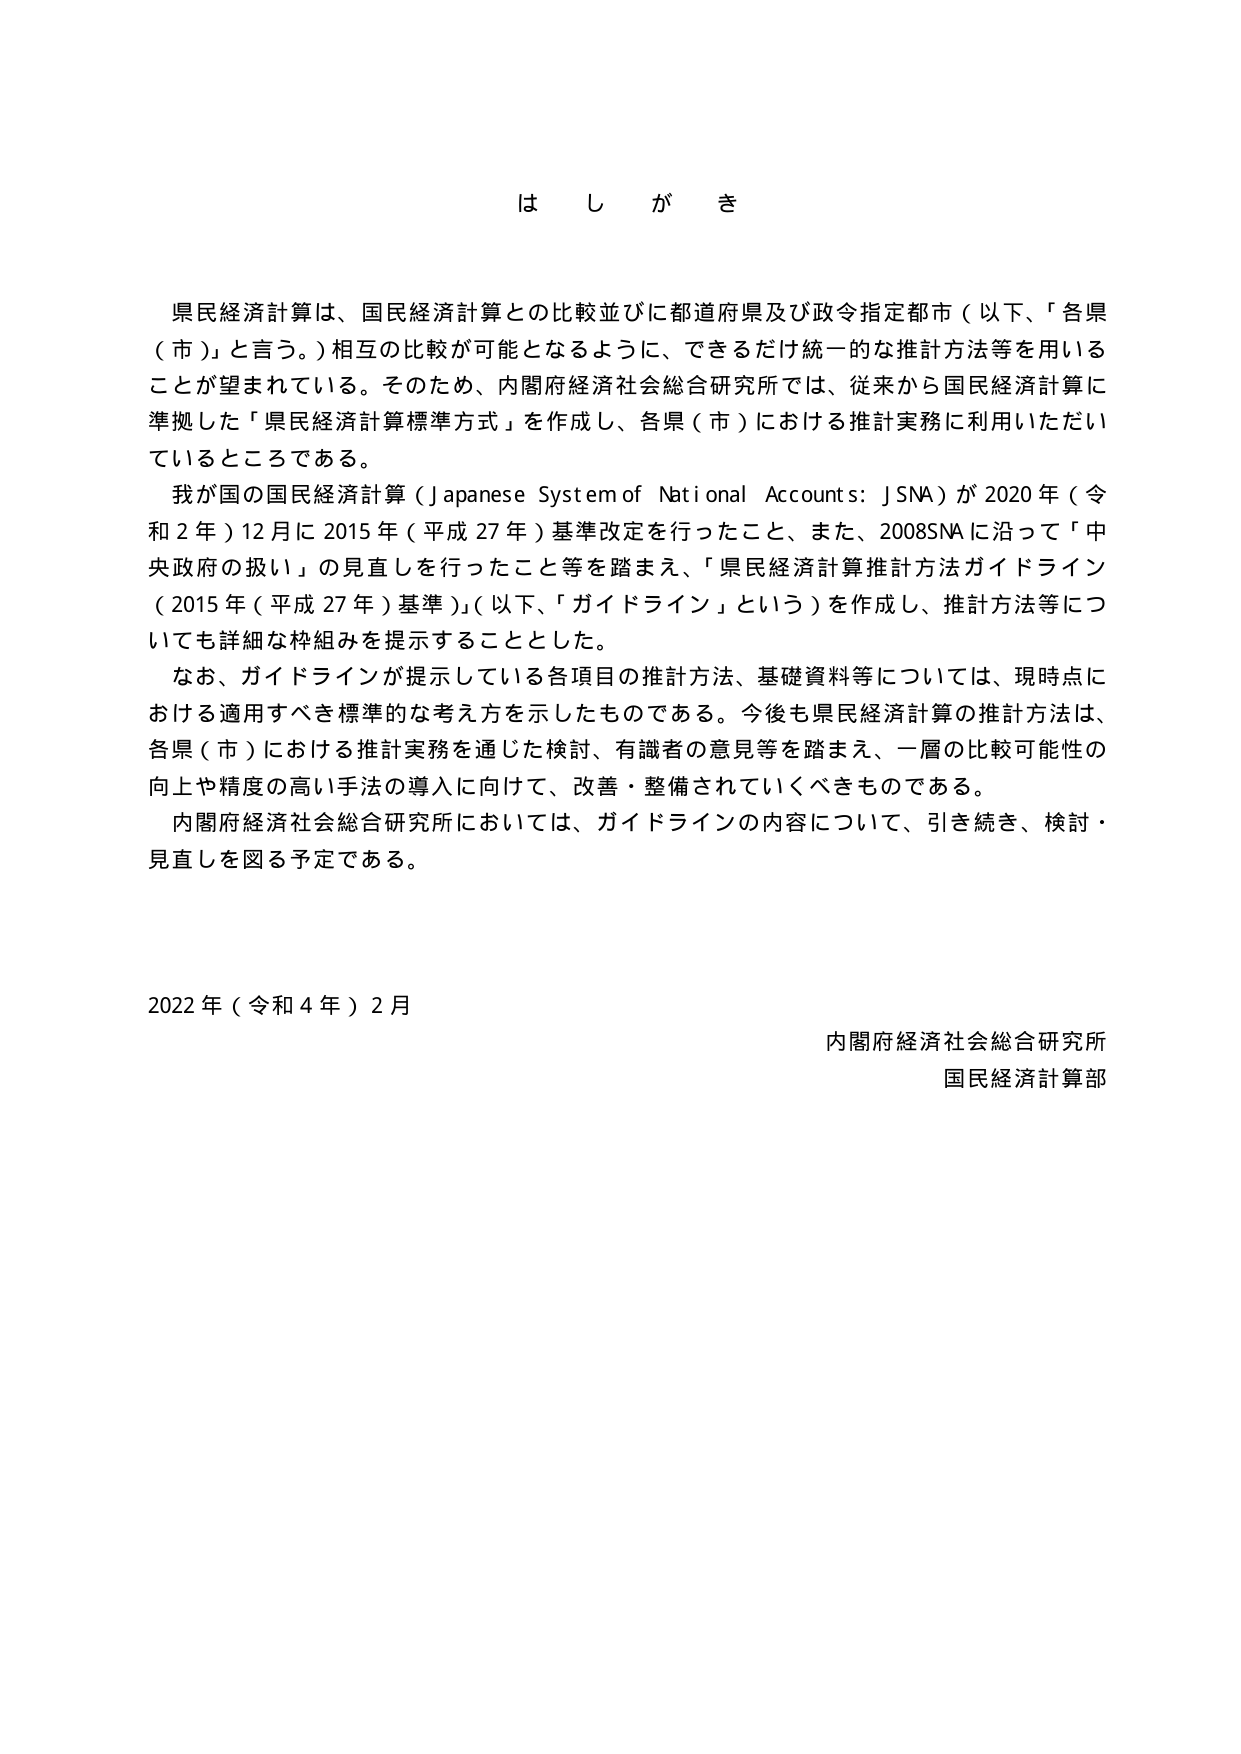
は し が き

県民経済計算は、国民経済計算との比較並びに都道府県及び政令指定都市（以下、「各県（市）」と言う。）相互の比較が可能となるように、できるだけ統一的な推計方法等を用いることが望まれている。そのため、内閣府経済社会総合研究所では、従来から国民経済計算に準拠した「県民経済計算標準方式」を作成し、各県（市）における推計実務に利用いただいているところである。

我が国の国民経済計算（Japanese System of National Accounts: JSNA）が2020年（令和2年）12月に2015年（平成27年）基準改定を行ったこと、また、2008SNAに沿って「中央政府の扱い」の見直しを行ったこと等を踏まえ、「県民経済計算推計方法ガイドライン（2015年（平成27年）基準）」（以下、「ガイドライン」という）を作成し、推計方法等についても詳細な枠組みを提示することとした。

なお、ガイドラインが提示している各項目の推計方法、基礎資料等については、現時点における適用すべき標準的な考え方を示したものである。今後も県民経済計算の推計方法は、各県（市）における推計実務を通じた検討、有識者の意見等を踏まえ、一層の比較可能性の向上や精度の高い手法の導入に向けて、改善・整備されていくべきものである。

内閣府経済社会総合研究所においては、ガイドラインの内容について、引き続き、検討・見直しを図る予定である。

2022年（令和4年）2月

内閣府経済社会総合研究所
国民経済計算部